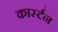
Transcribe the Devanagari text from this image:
कार्स्टन